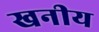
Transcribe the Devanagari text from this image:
खनीय